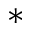
^ *